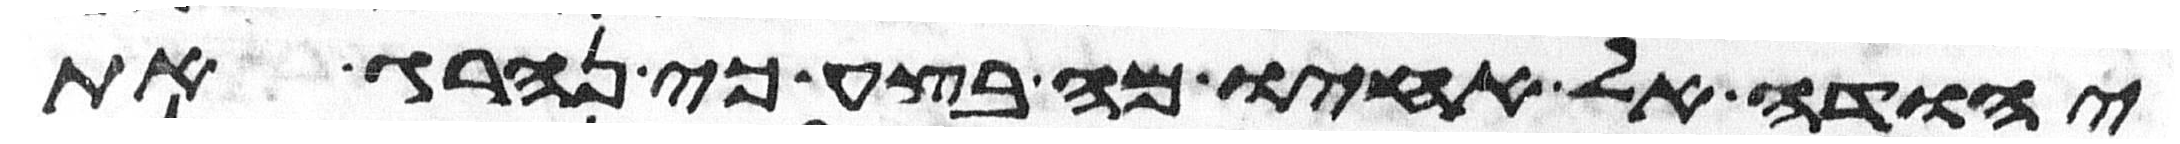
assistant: יהודה אל אחיו מה בצע כי נהרג את